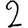
Digit: 2